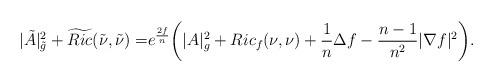
LaTeX: \begin{align*} |\tilde{A}|^2_{\tilde{g}}+\widetilde{Ric}(\tilde{\nu},\tilde{\nu}) =&e^{\frac{2f}n}\biggl(|A|_g^2+Ric_f(\nu,\nu)+\frac{1}n\Delta f -\frac{n-1}{n^2}|\nabla f|^2\biggr).\end{align*}